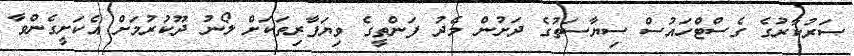
ސަރުކާރުގެ ގެސްޓްހައުސް ސިޔާސަތުގެ ދަށުން މެދު ފަންތީގެ ވިޔަފާރިތަކަށް ލޯނު ދޫކުރުމަށް އެކަށީގެންވާ